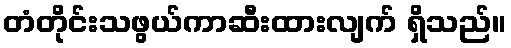
တံတိုင်းသဖွယ်ကာဆီးထားလျက် ရှိသည်။